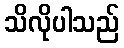
သိလိုပါသည်